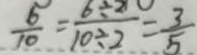
\frac { 6 } { 1 0 } = \frac { 6 \div 2 } { 1 0 \div 2 } = \frac { 3 } { 5 }